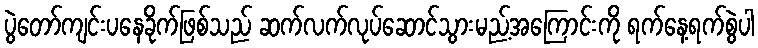
ပွဲတော်ကျင်းပနေခိုက်ဖြစ်သည် ဆက်လက်လုပ်ဆောင်သွားမည့်အကြောင်းကို ရက်နေ့ရက်စွဲပါ